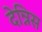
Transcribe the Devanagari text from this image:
देन्निस